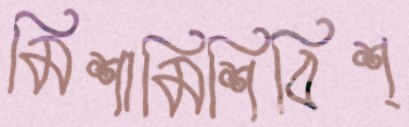
মিশামিশিবিশ্